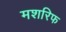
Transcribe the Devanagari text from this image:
मशरिफ